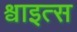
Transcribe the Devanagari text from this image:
श्वाइत्स